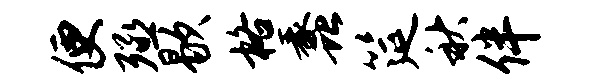
便殛歇格蠡筵秋伴